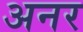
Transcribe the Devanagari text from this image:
अनर